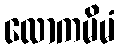
လောကမိမံ